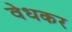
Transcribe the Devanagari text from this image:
वेधकर